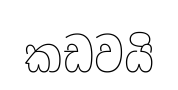
කඩවයි